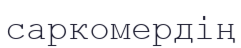
саркомердің